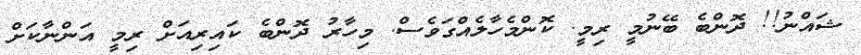
ޝައްނު!! ދޮންބެ ބޭނުމީ ރިމީ. ކޮންމެހާލެއްގަވެސް. މިހާރު ދޮންބެ ކައިރިއަށް ރިމީ އަންނާކަށް